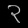
Digit: ၃